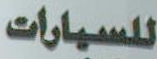
للسيارات